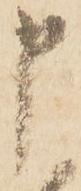
申